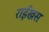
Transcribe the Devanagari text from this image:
राईखस